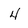
Character: 4